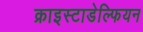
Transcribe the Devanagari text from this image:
क्राइस्टाडेल्फियन